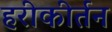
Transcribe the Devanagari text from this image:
हरीकीर्तन